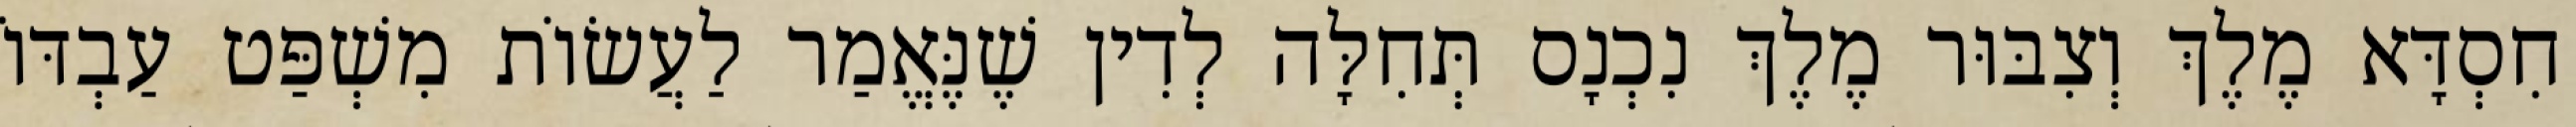
חִסְדָּא מֶלֶךְ וְצִבּוּר מֶלֶךְ נִכְנָס תְּחִלָּה לְדִין שֶׁנֶּאֱמַר לַעֲשׂוֹת מִשְׁפַּט עַבְדּוֹ